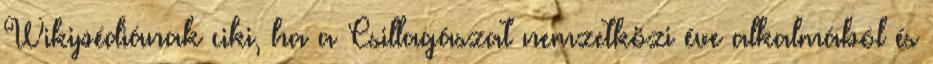
Wikipédiának ciki, ha a Csillagászat nemzetközi éve alkalmából és